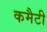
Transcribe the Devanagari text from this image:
कमैटी